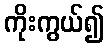
ကိုးကွယ်၍